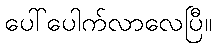
ပေါ်ပေါက်လာလေပြီ။